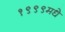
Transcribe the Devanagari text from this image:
१९९९मधे